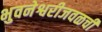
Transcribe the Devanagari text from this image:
भुवनेश्वरीजवळची